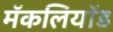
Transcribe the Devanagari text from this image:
मॅकलियॉड